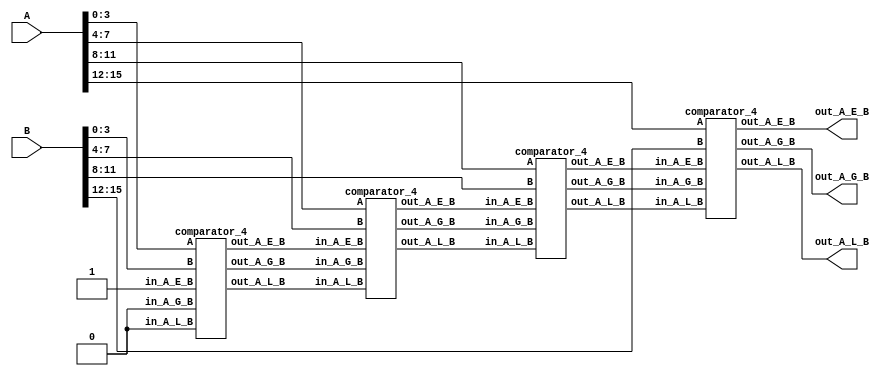
module comparator_16 (
    input  [15: 0] A,
    input  [15: 0] B,
    output         out_A_G_B,
    output         out_A_E_B,
    output         out_A_L_B
);

    wire   [ 2: 0] w0;
    wire   [ 2: 0] w1;
    wire   [ 2: 0] w2;
    wire   [ 2: 0] w3;

    assign w0 = 3'b010;

    comparator_4 m1(A[ 3: 0], B[ 3: 0], w0[0], w0[1], w0[2], w1[0]    , w1[1]    , w1[2]    );
    comparator_4 m2(A[ 7: 4], B[ 7: 4], w1[0], w1[1], w1[2], w2[0]    , w2[1]    , w2[2]    );
    comparator_4 m3(A[11: 8], B[11: 8], w2[0], w2[1], w2[2], w3[0]    , w3[1]    , w3[2]    );
    comparator_4 m4(A[15:12], B[15:12], w3[0], w3[1], w3[2], out_A_G_B, out_A_E_B, out_A_L_B);
endmodule

module comparator_4 (
    input  [ 3: 0] A,
    input  [ 3: 0] B,
    input          in_A_G_B,
    input          in_A_E_B,
    input          in_A_L_B,
    output         out_A_G_B,
    output         out_A_E_B,
    output         out_A_L_B
);

    assign out_A_G_B = (  A[3] && ~B[3])
                    || (( A[3] ==  B[3]) && ( A[2] && ~B[2]))
                    || (( A[3] ==  B[3]) && ( A[2] ==  B[2]) && ( A[1] && ~B[1]))
                    || (( A[3] ==  B[3]) && ( A[2] ==  B[2]) && ( A[1] ==  B[1]) && ( A[0] && ~B[0]))
                    || (( A[3] ==  B[3]) && ( A[2] ==  B[2]) && ( A[1] ==  B[1]) && ( A[0] ==  B[0]) && in_A_G_B); 
    assign out_A_L_B = ( ~A[3] &&  B[3])
                    || (( A[3] ==  B[3]) && (~A[2] &&  B[2]))
                    || (( A[3] ==  B[3]) && ( A[2] ==  B[2]) && (~A[1] &&  B[1]))
                    || (( A[3] ==  B[3]) && ( A[2] ==  B[2]) && ( A[1] ==  B[1]) && (~A[0] &&  B[0]))
                    || (( A[3] ==  B[3]) && ( A[2] ==  B[2]) && ( A[1] ==  B[1]) && ( A[0] ==  B[0]) && in_A_L_B); 
    assign out_A_E_B = (  A[3] ==  B[3]) && ( A[2] ==  B[2]) && ( A[1] ==  B[1]) && ( A[0] ==  B[0]) && in_A_E_B;
endmodule